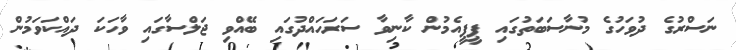
ނަސްރުގެ ދުވަހުގެ މުނާސަބަތުގައި ޕީޕީއެމުން ކާނިވާ ސަރަހައްދުގައި ބޭއްވި ޖަލްސާގައި ވާހަކަ ދައްކަވަމުން